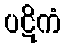
ပဋိကံ